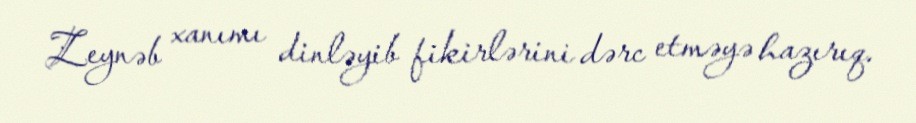
Zeynəb xanımı dinləyib fikirlərini dərc etməyə hazırıq.